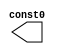
// This program was cloned from: https://github.com/lnis-uofu/SOFA
// License: MIT License

//Generated from netlist by SpyDrNet
//netlist name: FPGA88_SOFA_A
module const0
(
    const0
);

    output const0;

    wire const0;
    wire \<const0> ;

assign const0 = \<const0> ;
endmodule

module const1
(
    const1
);

    output const1;

    wire const1;
    wire \<const1> ;

assign const1 = \<const1> ;
endmodule